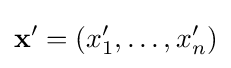
\mathbf {x} '=(x'_{1},\ldots ,x'_{n})